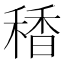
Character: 䅨